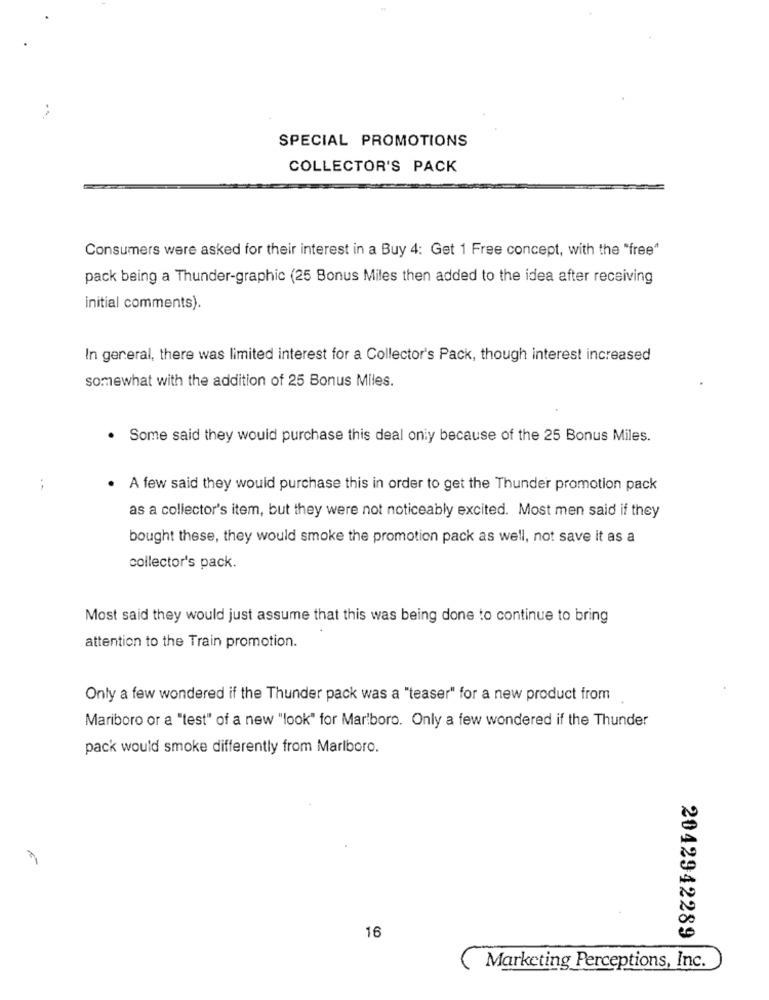
SPECIAL PROMOTIONS
COLLECTOR'S PACK
Consumers were asked for their interest in a Buy 4: Get 1 Free concept, with the "free"
pack being a Thunder-graphic (25 Bonus Miles then added to the idea after receiving
initial comments).
In general, there was limited interest for a Collector's Pack, though interest increased
somewhat with the addition of 25 Bonus Miles.
. Some said they would purchase this deal only because of the 25 Bonus Miles.
. A few said they would purchase this in order to get the Thunder promotion pack
as a collector's item, but they were not noticeably excited. Most men said if they
bought these, they would smoke the promotion pack as well, not save it as a
collector's pack.
Most said they would just assume that this was being done to continue to bring
attention to the Train promotion.
Only a few wondered if the Thunder pack was a "teaser" for a new product from
Mariboro or a "test" of a new "look" for Mar'boro. Only a few wondered if the Thunder
pack would smoke differently from Marlboro.
16
2042942289
Marketing Perceptions, Inc.